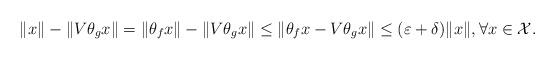
LaTeX: \begin{align*}\|x\|-\|V\theta_gx\|=\|\theta_fx\|-\|V\theta_gx\|\leq \|\theta_fx-V\theta_gx\|\leq (\varepsilon +\delta)\|x\|, \forall x \in \mathcal{X}.\end{align*}